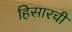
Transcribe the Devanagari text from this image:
हिसारची